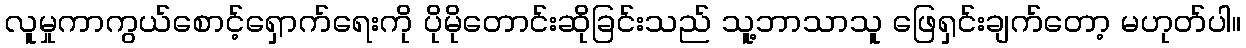
လူမှုကာကွယ်စောင့်ရှောက်ရေးကို ပိုမိုတောင်းဆိုခြင်းသည် သူ့ဘာသာသူ ဖြေရှင်းချက်တော့ မဟုတ်ပါ။